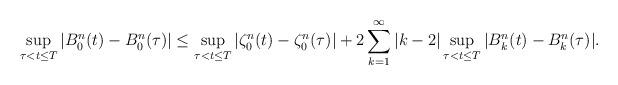
LaTeX: \begin{align*} \sup_{\tau < t \le T} |B^n_0(t) - B^n_0(\tau)| \le \sup_{\tau < t \le T} |\zeta^n_0(t) - \zeta^n_0(\tau)| + 2 \sum_{k=1}^\infty |k-2|\sup_{\tau < t \le T} |B^n_k(t) - B^n_k(\tau)|.\end{align*}